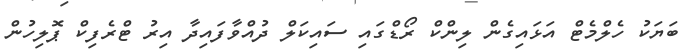
ބަޔަކު ހެލްމެޓް އަޅައިގެން ލިންކް ރޯޑްގައި ސައިކަލް ދުއްވާފައިދާ އިރު ޓްރެފިކް ޕޮލިހުން